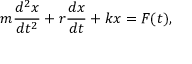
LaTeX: m { \frac { d ^ { 2 } x } { d t ^ { 2 } } } + r { \frac { d x } { d t } } + k x = F ( t ) ,